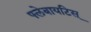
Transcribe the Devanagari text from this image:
फ्लेबायटिस्